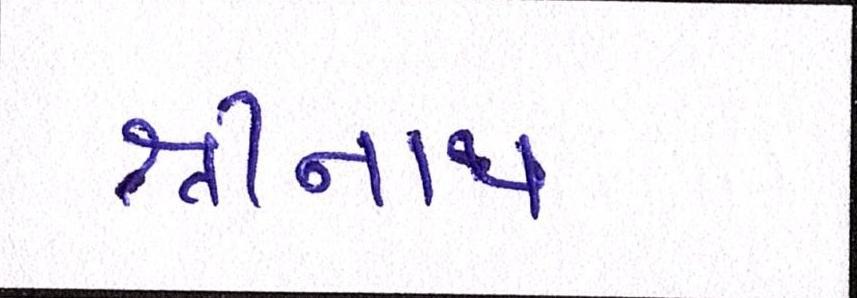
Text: શ્રીનાથ